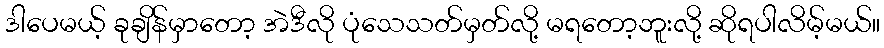
ဒါပေမယ့် ခုချိန်မှာတော့ အဲဒီလို ပုံသေသတ်မှတ်လို့ မရတော့ဘူးလို့ ဆိုရပါလိမ့်မယ်။